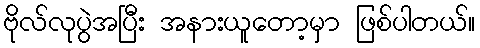
ဗိုလ်လုပွဲအပြီး အနားယူတော့မှာ ဖြစ်ပါတယ်။